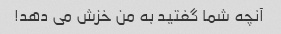
آنچه شما گفتید به من خزش می دهد!